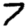
Digit: 7